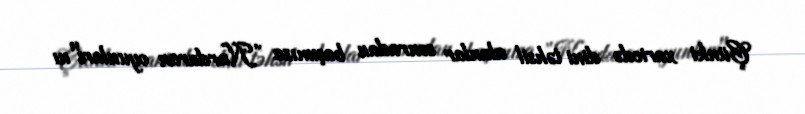
Çünki xaricdə dini təhsil alanlar sonradan başımıza ”Nardaran oyunları"nı